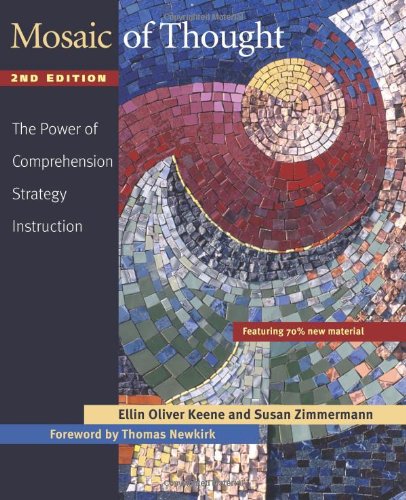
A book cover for Mosaic of Thought: The Power of Comprehension Strategy Instruction, 2nd Edition; Ellin Oliver Keene; Reference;